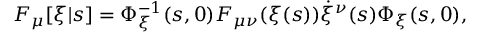
F _ { \mu } [ \xi | s ] = \Phi _ { \xi } ^ { - 1 } ( s , 0 ) F _ { \mu \nu } ( \xi ( s ) ) \dot { \xi } ^ { \nu } ( s ) \Phi _ { \xi } ( s , 0 ) ,